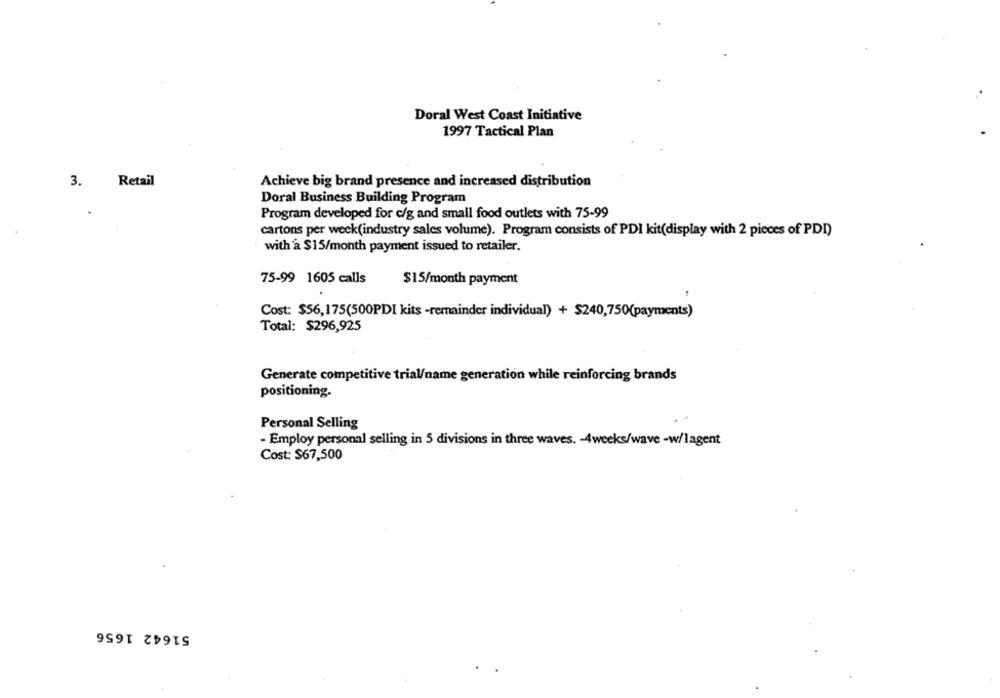
Doral West Coast Initiative
1997 Tactical Plan
3. Retail
Achieve big brand presence and increased distribution
Doral Business Building Program
Program developed for c/g and small food outlets with 75-99
cartons per week(industry sales volume). Program consists of PDI kit(display with 2 pieces of PDI)
with a $15/month payment issued to retailer.
75-99 1605 calls
$15/month payment
Cost: $56,175(500PDI kits -remainder individual) + $240,750(payments)
Total: $296,925
Generate competitive trial/name generation while reinforcing brands
positioning.
Personal Selling
-Employ personal selling in 5 divisions in three waves. - 4weeks/wave -w/lagent
Cost: $67,500
51642 1656